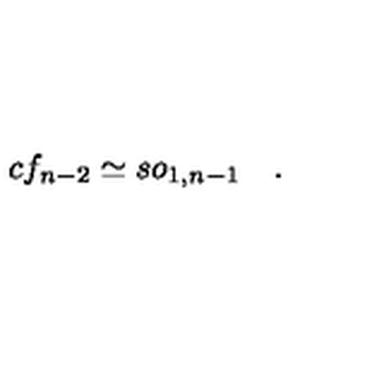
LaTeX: c f _ { n - 2 } \simeq s o _ { 1 , n - 1 } \quad .